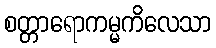
စတ္တာရောကမ္မကိလေသာ